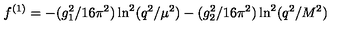
f ^ { ( 1 ) } = - ( g _ { 1 } ^ { 2 } / 1 6 \pi ^ { 2 } ) \ln ^ { 2 } ( q ^ { 2 } / \mu ^ { 2 } ) - ( g _ { 2 } ^ { 2 } / 1 6 \pi ^ { 2 } ) \ln ^ { 2 } ( q ^ { 2 } / M ^ { 2 } )